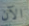
الآن